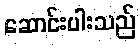
ဆောင်းပါးသည်